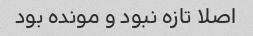
اصلا تازه نبود و مونده بود